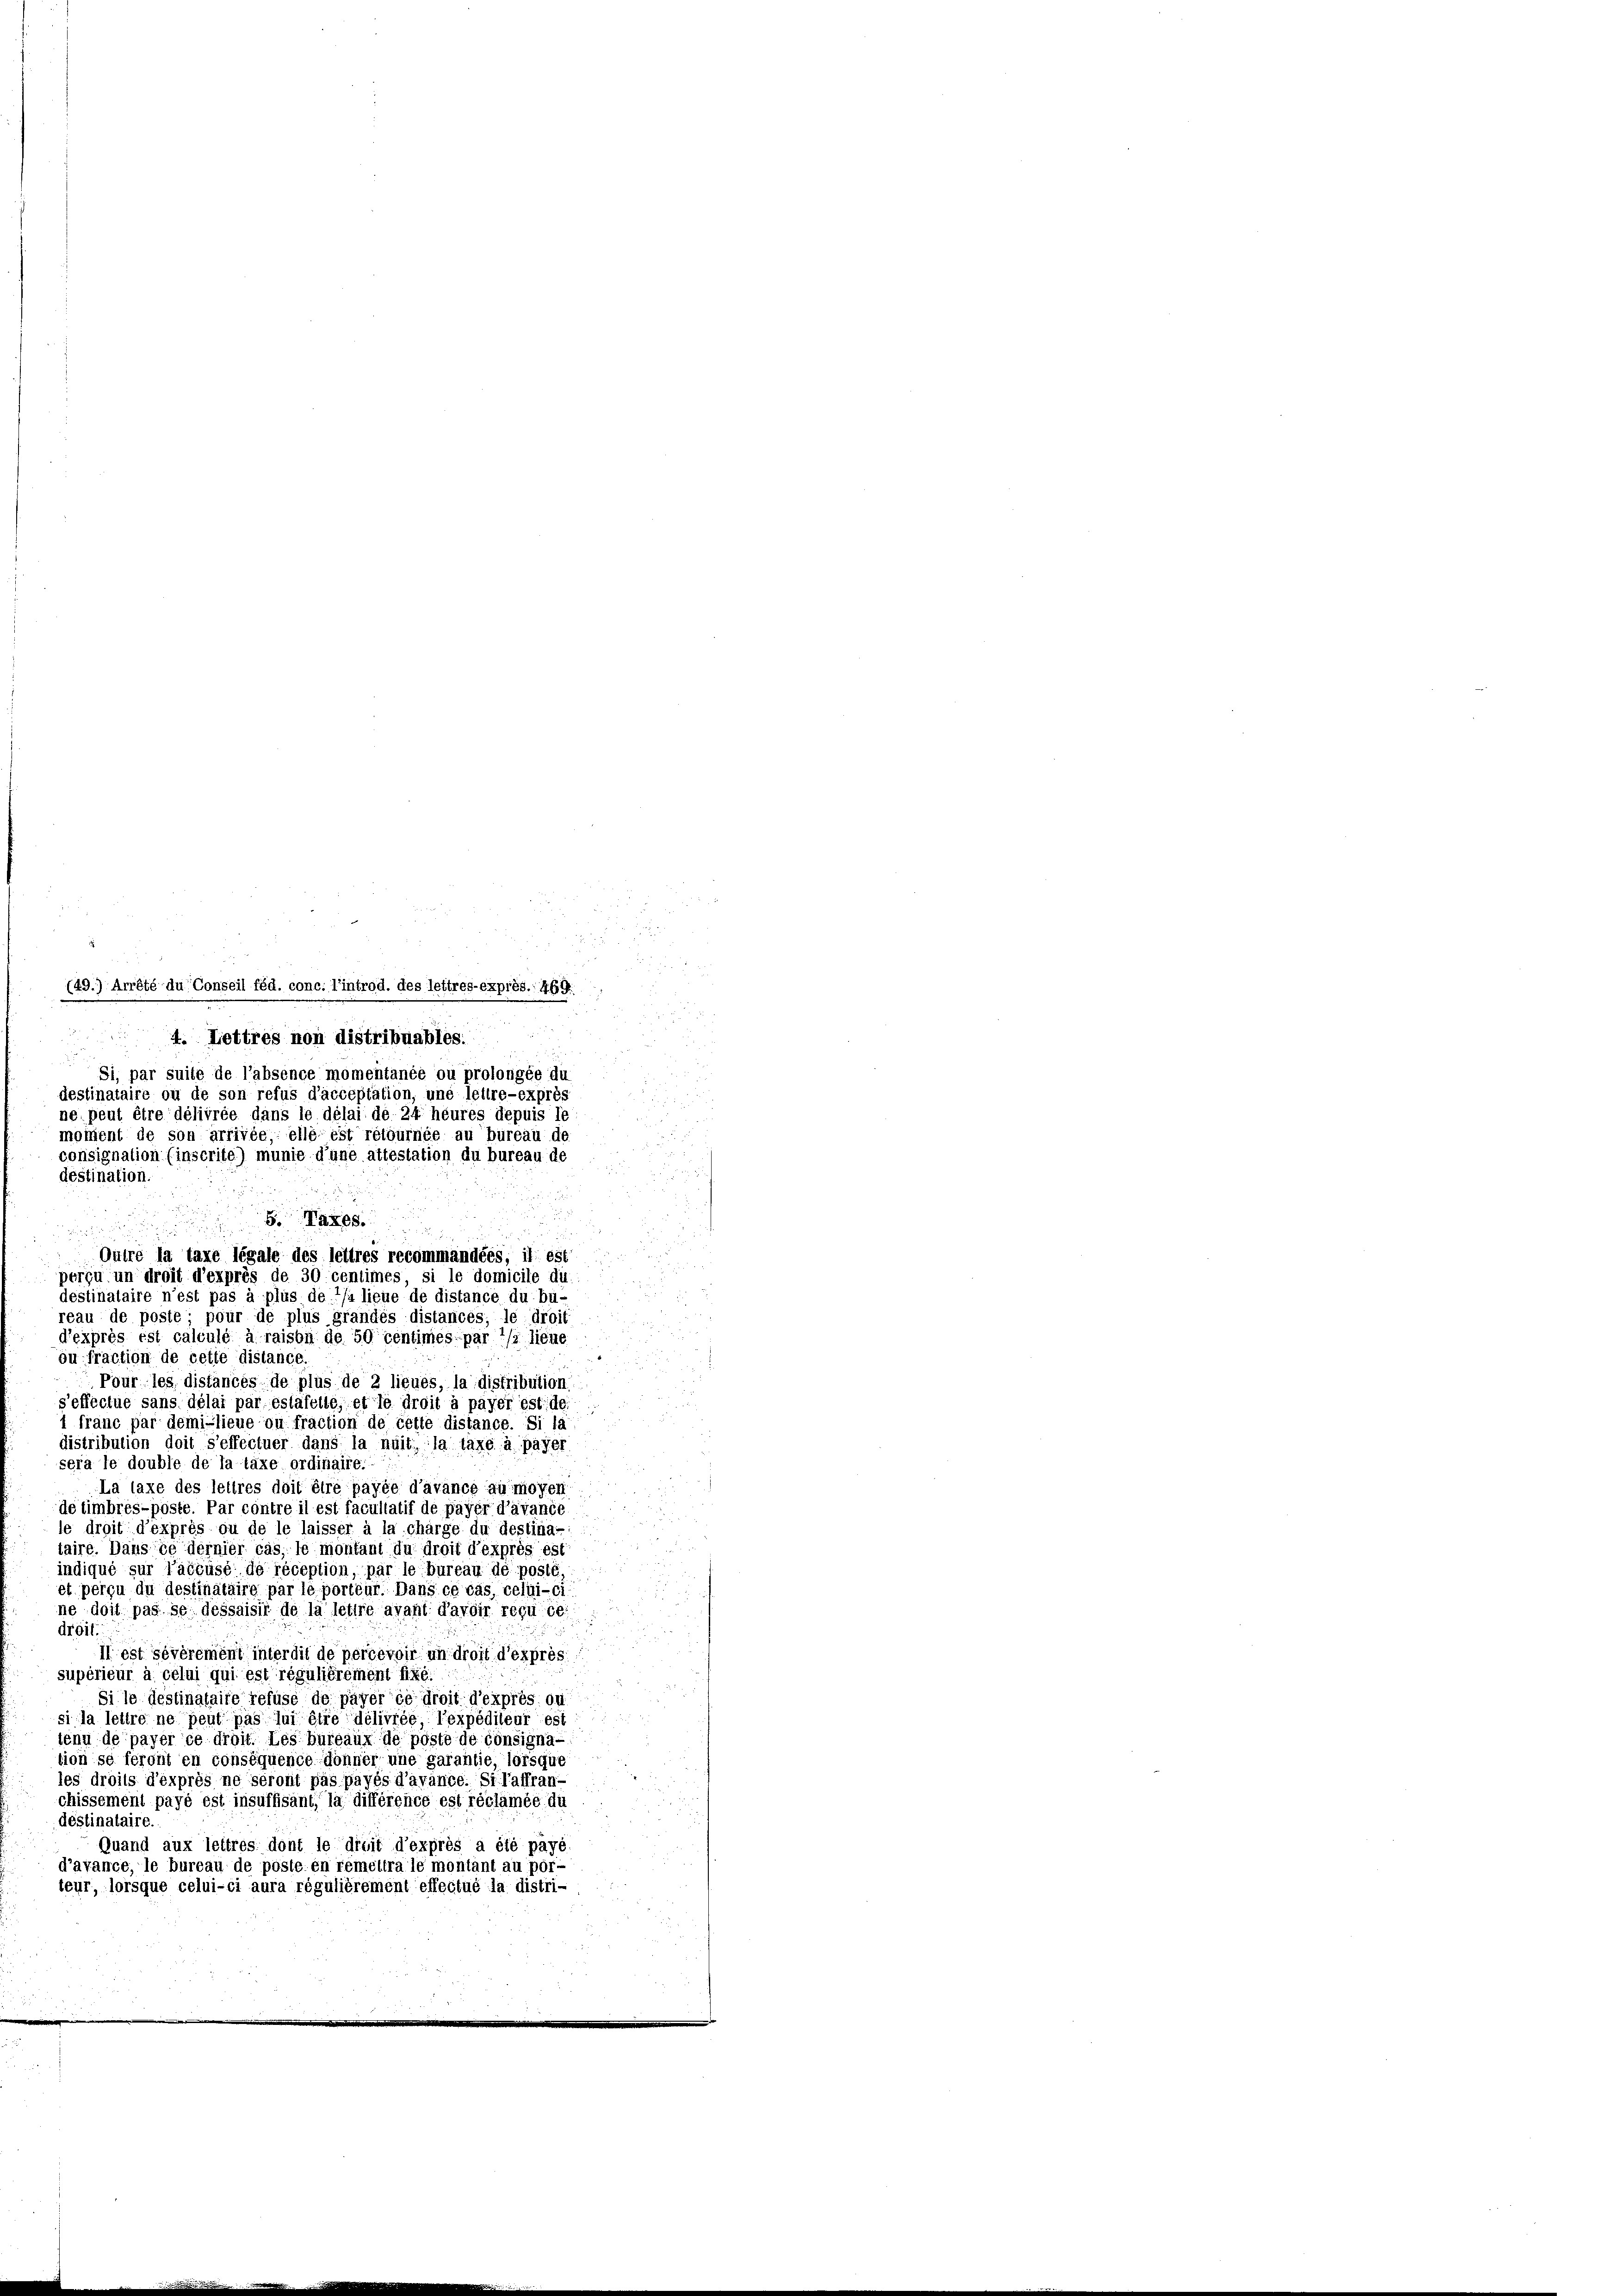
(49.) Arrété du Conseil féd. conc. l’introd. des lettres-exprès. 469.
4. Lettres non distribuables.
u
Si, par suite de l’absence momentanée ou prolongée du
destinataire ou de son refus d’acceptation, une leitre-exprès
ne, peut être délivrée dans le délai de 24. heures depuis le
moment de son arrivée, elle est retournée au bureau de
consignation (inscrite) munie d’une attestation du bureau de
destination
a
d
Pour les distances, de plus de 2 lieues, la distribution
s’effectue sans délai par estafelle, et le droit à payer est des
1 franc par demi-lieue ou fraction de cette distance. Si la
distribution doit s’effectuer dans la nuiti, la taxe à payer
sera le double de la taxe ordinaire:
La laxe des lettres doit être payée d’avance au moyen
de timbres-pöste. Par contre il est facultatif de payer d’avance
le droit d’exprès ou de le laisser à la charge du destina-
taire. Dans ce dernier cas, le montant du droit d’expres est
indiqué sur l’accusé de réception, par le bureau de posté
et perçu du destinataire par le porteur. Dans ce cas, celui-ci
ne doit pas se dessaisir de la lettre avant d’avoir reçu ce
droit.
II est sévérement interdit de percevoir un droit d’exprès.
supérieur à celui qui est régulièrement fixé.
Si le destinataire refuse de payer ce droit d’exprès ou
si la lettre ne peut pas lui être délivrée l’expédileur est
tenu de payer ce droit. Les bureaux de poste de consignation se feront en conséquence donner une garantie, lorsque
les droits d’éxprès ne scront pas payés d’avance. Si l’affran-
chissement payé est insuffisant, la différence est réclamée du
déstinataire.
Quand aux leitres dont le dreit d’exprès a été payé.
d’avance, le bureau de poste, en réméltra le montant au por-
teur, lorsque celui-ci aura régulièrement effectué la distri-

8. Taxes.

Qutre la taxe légale des lettres recommandées, il est
perçu un droit d’exprès de 30 centimes, si le domicile du
destinataire n’est pas à plus de */a lieue de distance du bu-
reau de poste pour de plus grandes distancés, le droit
dexprès est calculé à raison de 50 centimes par */s lieue
öu fraction de cette distance.

1